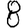
Digit: 8